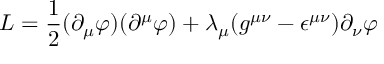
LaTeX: { \cal L } = \frac { 1 } { 2 } ( \partial _ { \mu } \varphi ) ( \partial ^ { \mu } \varphi ) + \lambda _ { \mu } ( g ^ { \mu \nu } - \epsilon ^ { \mu \nu } ) \partial _ { \nu } \varphi